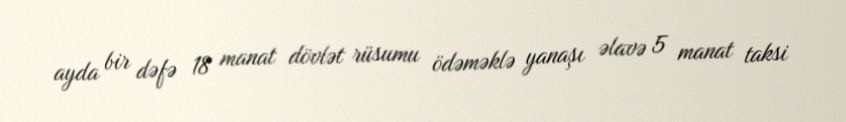
ayda bir dəfə 18 manat dövlət rüsumu ödəməklə yanaşı əlavə 5 manat taksi